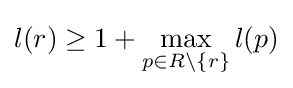
l(r)\geq 1+\max \limits _{p\in R\setminus \{r\}}l(p)